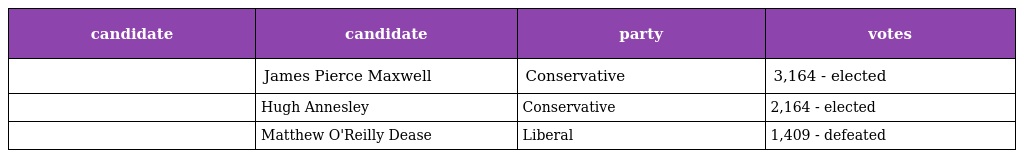
| candidate | candidate | party | votes |
 | --- | --- | --- | --- |
 |  | James Pierce Maxwell | Conservative | 3,164 - elected |
 |  | Hugh Annesley | Conservative | 2,164 - elected |
 |  | Matthew O'Reilly Dease | Liberal | 1,409 - defeated |